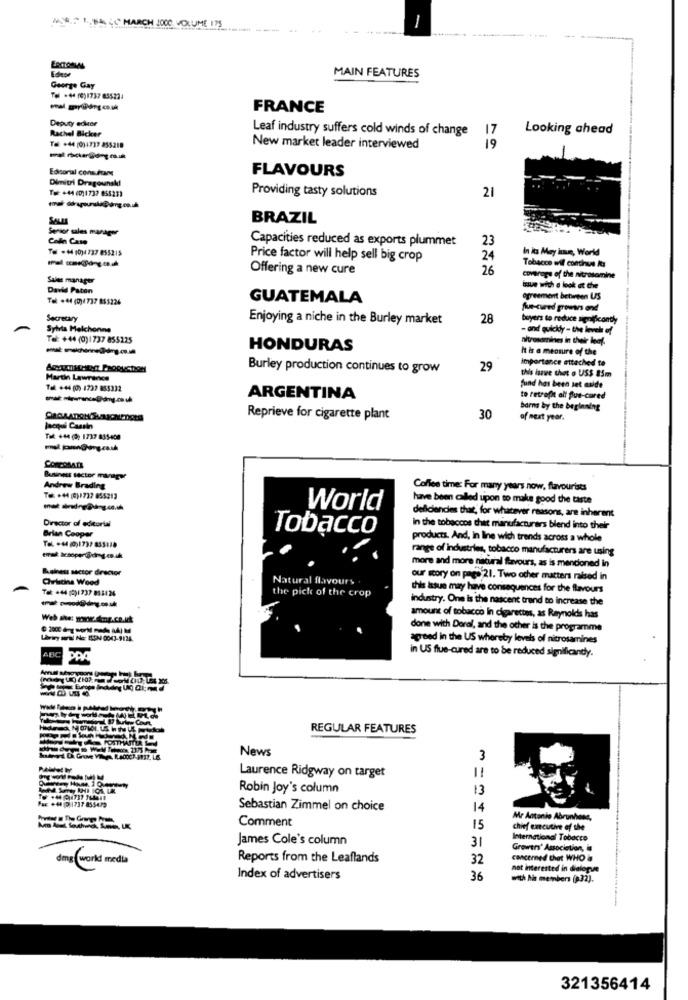
1 ., SAL CC MARCH J000 VOLUME 175
MAIN FEATURES
George Gay
Tel .+4 (0)1737 855224
FRANCE
Deputy edker
Rachel Bicker
Leaf industry suffers cold winds of change
17
Looking ahead
Tel: +44 (0)1737 855218
New market leader interviewed
19
Editorial consżowy
FLAVOURS
Dimitri Dragounski
To: +44 (0)1737 055231
Providing tasty solutions
21
SALME
BRAZIL
Senior sales manager
Colin Case
Capacities reduced as exports plummet
23
Tel .+4 10)1737 855215
In its May haus, World
Price factor will help sell big crop
24
Tobacco wil continue Its
Offering a new cure
26
Sales manager
coverage of the nitrasamine
David Paten
Tel: +44 (0)4737 855224
GUATEMALA
agreement between US
fue-cured growers ond
Secretary
Enjoying a niche in the Burley market
28
buyers to reduce significanty
Sylvia Melchonne
- and quickdy - the level of
Tel: +44 (0)1737 855225
nitrosamines in their leaf.
-----
HONDURAS
It is a measure of the
Importance attached to
Burley production continues to grow
29
this issue thet o US$ 85m
Martin Lawrence
Tel: +44 (0) 1737 855332
fund has been set aside
ARGENTINA
to retrofit alt fue-cured
barns by the beginning
Reprieve for cigarette plant
30
of next year.
Jacqpusi Cassin
Tel: +44 (0) 1737 835400
ConconArs
Business sector manager
Andrew Brading
Coffee time: For many years now, flavourists
To: +44 (0)1737 855213
have been called upon to make good the taste
World
deficiencies that, for whatever reasons, are inherent
Director of editorial
In the tobaccos that manufacturers blend into their
Brian Cooper
Tobacco
products. And, in line wich trends across a whole
To +44 (0)1737 833:18
range of industries, tobacco manufacturers are using
Ashes sector director
more and more natural flavours, as is mentioned in
Christina Wood
Natural flavours
our story on paes 21. Two other matters raised in
Tel: +44 (0)1737 85:124
the pick of the crop
this issue may have consequences for the flavours
industry. One is the nascent trand to increase the
Web she: www. dmoz.co.uk
amount of tobacco In cigarettes, as Reynolds has
done with Doral, and the other is the programme
agreed in the US whereby levels of nitrosamines
Anc
in US flue-cured are to be reduced significandy.
REGULAR FEATURES
News
3
Laurence Ridgway on target
Robin Joy's column
13
To +44 214737 764418
Sebastian Zimmel on choice
14
Comment
Mr Antonio Abrunhosa,
15
chief executive of the
James Cole's column
International Tobacco
31
Growers' Association, is
dms work media
Reports from the Leaflands
32
concerned that WHO &
not interested in dialogue
Index of advertisers
36
with la members (32).
321356414